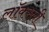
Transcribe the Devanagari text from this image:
लॉक्स्ली